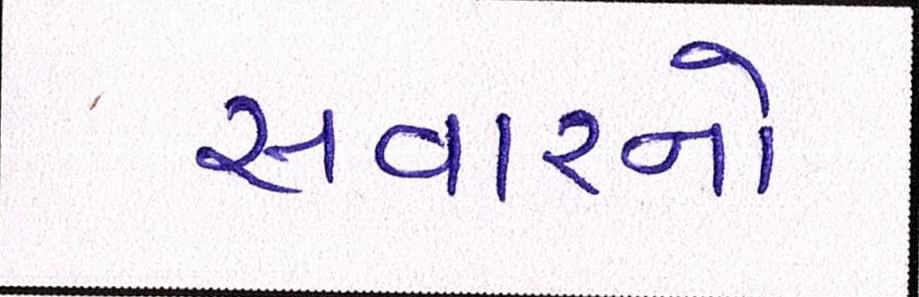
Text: સવારનો